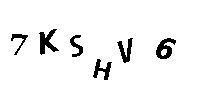
7KSHV6